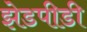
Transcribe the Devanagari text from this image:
झेडपीडी